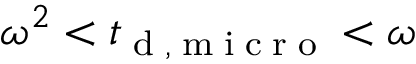
\omega ^ { 2 } < { t } _ { \tiny { \mathrm { ~ d ~ , ~ m ~ i ~ c ~ r ~ o ~ } } } < \omega